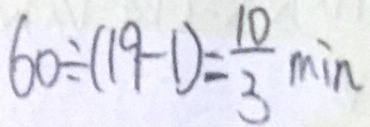
6 0 \div ( 1 9 - 1 ) = \frac { 1 0 } { 3 } \min